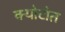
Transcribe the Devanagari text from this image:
क्योटोत